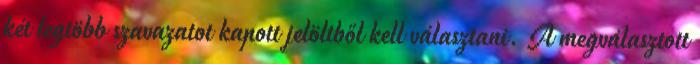
két legtöbb szavazatot kapott jelöltből kell választani. A megválasztott